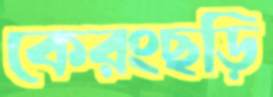
কেরংছড়ি